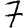
Digit: 7